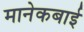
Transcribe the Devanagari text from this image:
मानेकबाई